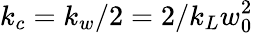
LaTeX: k_{c}=k_{w}/2=2/k_{L}w_{0}^{2}